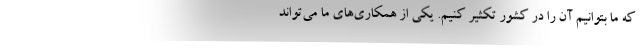
که ما بتوانیم آن را در کشور تکثیر کنیم. یکی از همکاری‌های ما می‌تواند